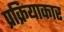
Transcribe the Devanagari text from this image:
प्रक्रियाकार